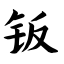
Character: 钣